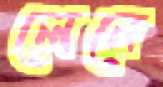
লেনে